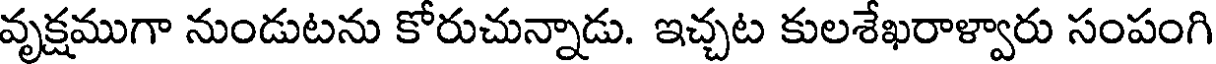
వృక్షముగా నుండుటను కోరుచున్నాడు. ఇచ్చట కులశేఖరాళ్వారు సంపంగి